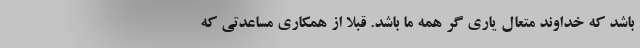
باشد که خداوند متعال یاری گر همه ما باشد. قبلا از همکاری مساعدتی که